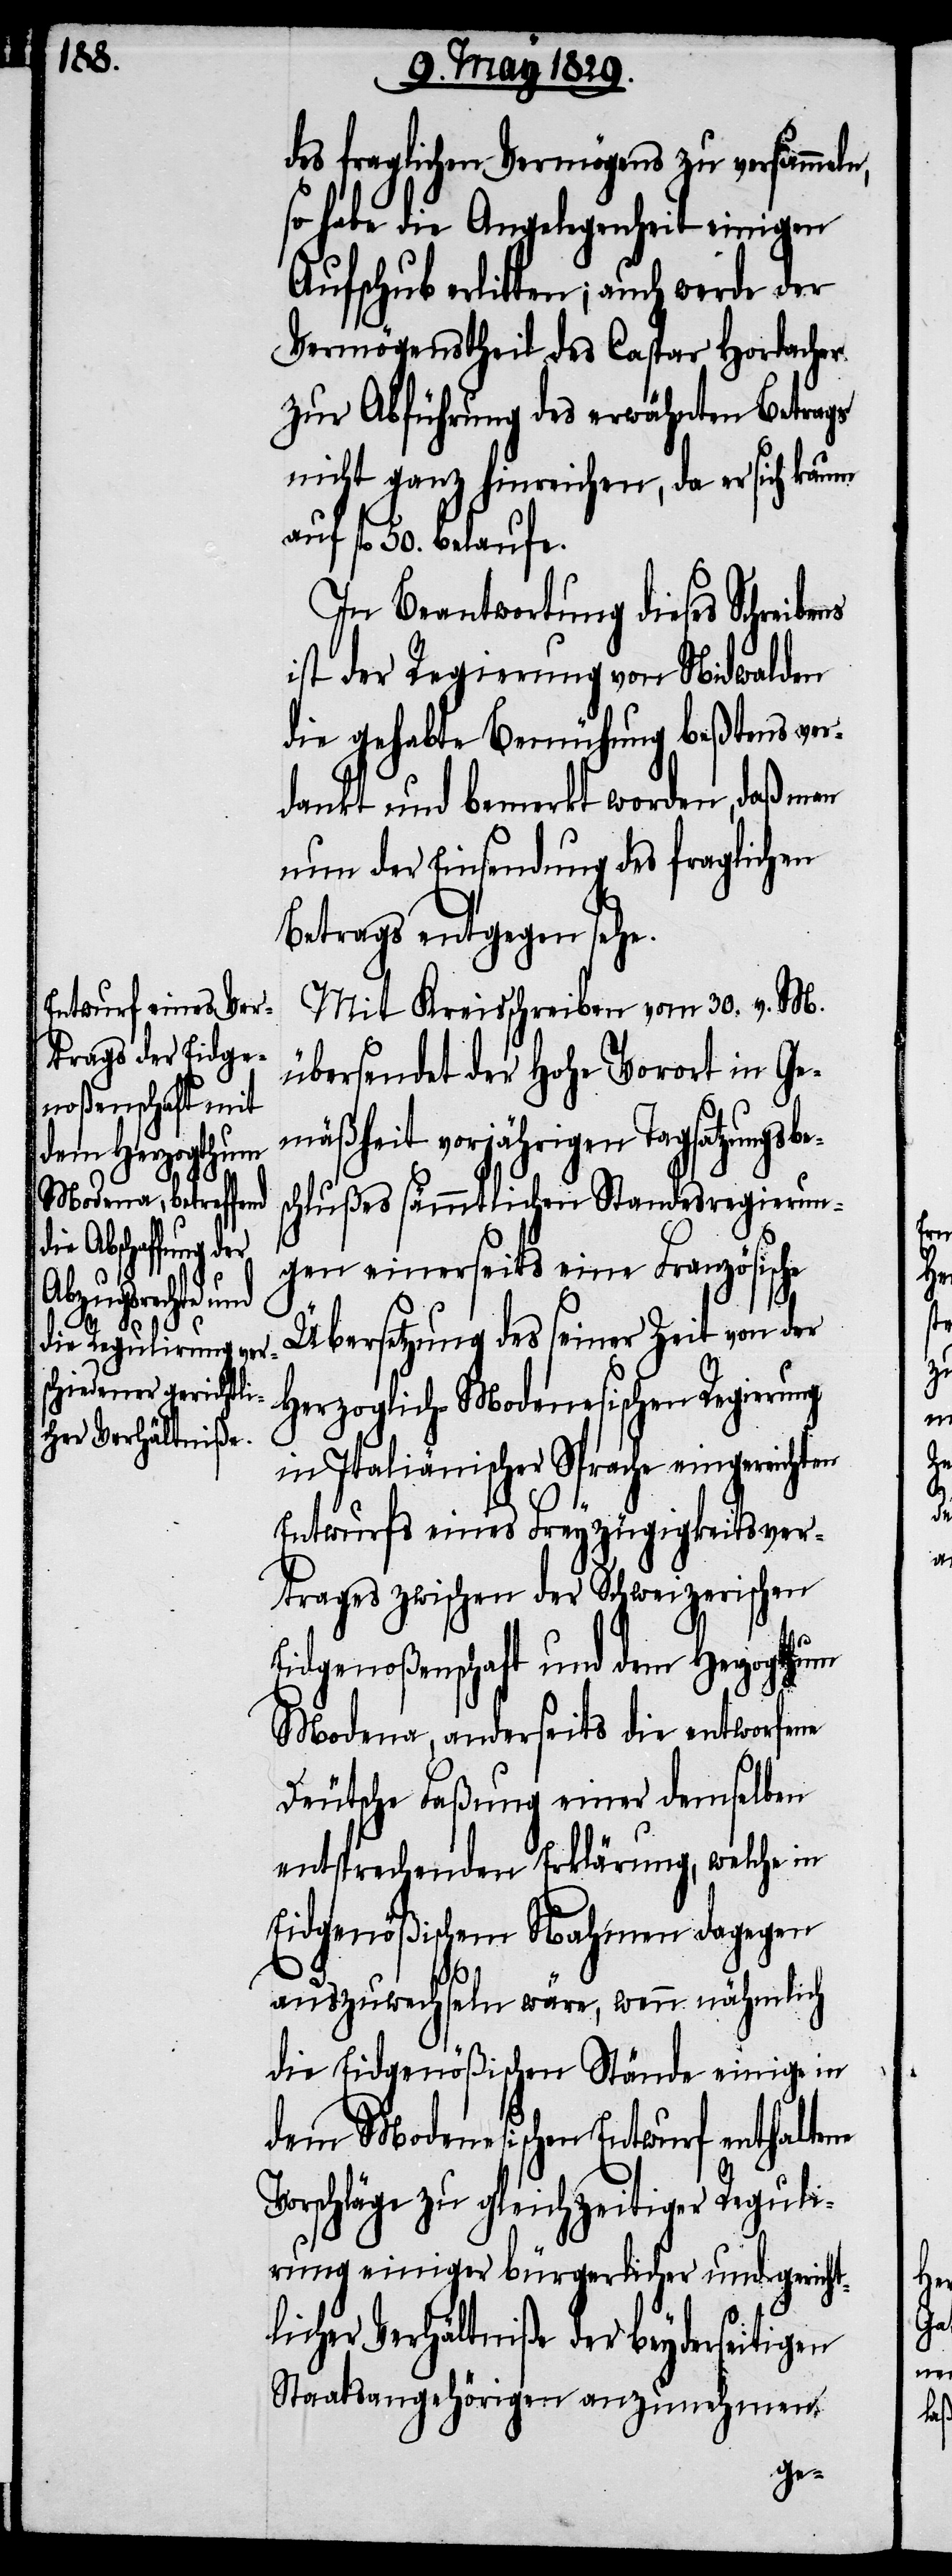
des fraglichen Vermögens zu versammeln,
so habe die Angelegenheit einigen
Aufschub erlitten; auch werde der
Vermögenstheil des Caspar Horlacher
zur Abführung des erwähnten Betrags
nicht ganz hinreichen, da er sich
auf fl. 50. belaufe.
In Beantwortung dieses Schrei¬
ist der Regierung von Nidwalden
die gehabte Bemühung beßtens ver¬
dankt und bemerkt worden, daß man
nun der Einsendung des fraglichen
Betrags entgegen sehe.
Mit Kreisschreiben vom 30. v. M.
übersendet der Hohe Vorort in Ge¬
mäßheit vorjährigen Tagsatzung¬
schlußes sämmtlicher Standesregierun¬
gen einerseits eine Französische
Übersetzung des seiner Zeit von der
Herzoglich-Modenischen Regierung
in Italiänischer Sprache eingereichten
Entwurfs eines Freyzügigkeitsver¬
trages zwischen der Schweizerischen
Eidgenoßenschaft und dem Herzogthum
Modena, anderseits die entworfene
Deutsche Faßung einer demselben
entsprechenden Erklärung, welche in
Eidgenößischem Nahmen dagegen
auszuwechselnd wäre, wenn nähmlich
die Eidgenößischen Stände einige in
dem Modenesischen Entwurf enthaltene
Vorschläge zu gleichzeitiger Reguli¬
rung einiger bürgerlicher und gericht¬
licher Verhältniße der beydseitigen
Staatsangehörigen anzunehmen
sbe¬